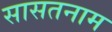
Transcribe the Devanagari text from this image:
सासतनाम